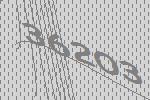
36203